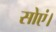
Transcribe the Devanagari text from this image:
सोएं।